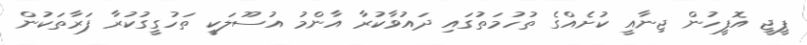
ޕީޖީ އޮފީހުން ޖިނާއީ ކުށެއްގެ ތުހުމަތުގައި ދައުވާކުރާ އާންމު އުސޫލަކީ ތަހުގީގުކުރާ ފަރާތަކުން